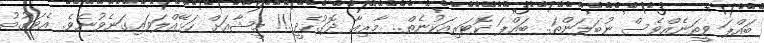
ބައްޕަ ވީތަނެއްވެސް ނުބަލަންތަ.. ބައްޕަ ކޮޓަރިއަކުނެތް.. މާރިއާ ދޮގުހެދީ..!! މީޝާއަށް ހަޅޭއްލަވައިގަނެވުނެވެ. އެވަގުތު